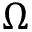
\Omega